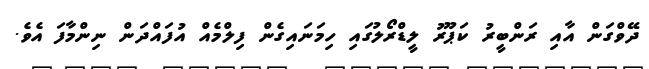
ދޭވްގަން އާއި ރަންބީރު ކަޕޫރު ލީޑްރޯލުގައި ހިމަނައިގެން ފިލްމެއް އުފައްދަން ނިންމާފަ އެވެ.